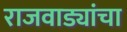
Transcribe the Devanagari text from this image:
राजवाड्यांचा